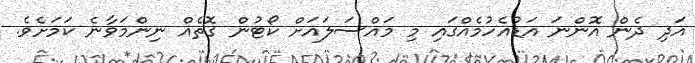
އަދި ދެން އޮންނަ އަޑުއެހުމެއްގައި މި މައްސަލައަށް ކޯޓުން ގޮތެއް ނިންމަވާނެ ކަމަށެވެ.